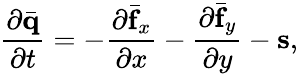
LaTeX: \frac{\partial\bar{\mathbf{q}}}{\partial t}=-\frac{\partial\bar{\mathbf{f}}_{x}}{\partial x}-\frac{\partial\bar{\mathbf{f}}_{y}}{\partial y}-\mathbf{s},